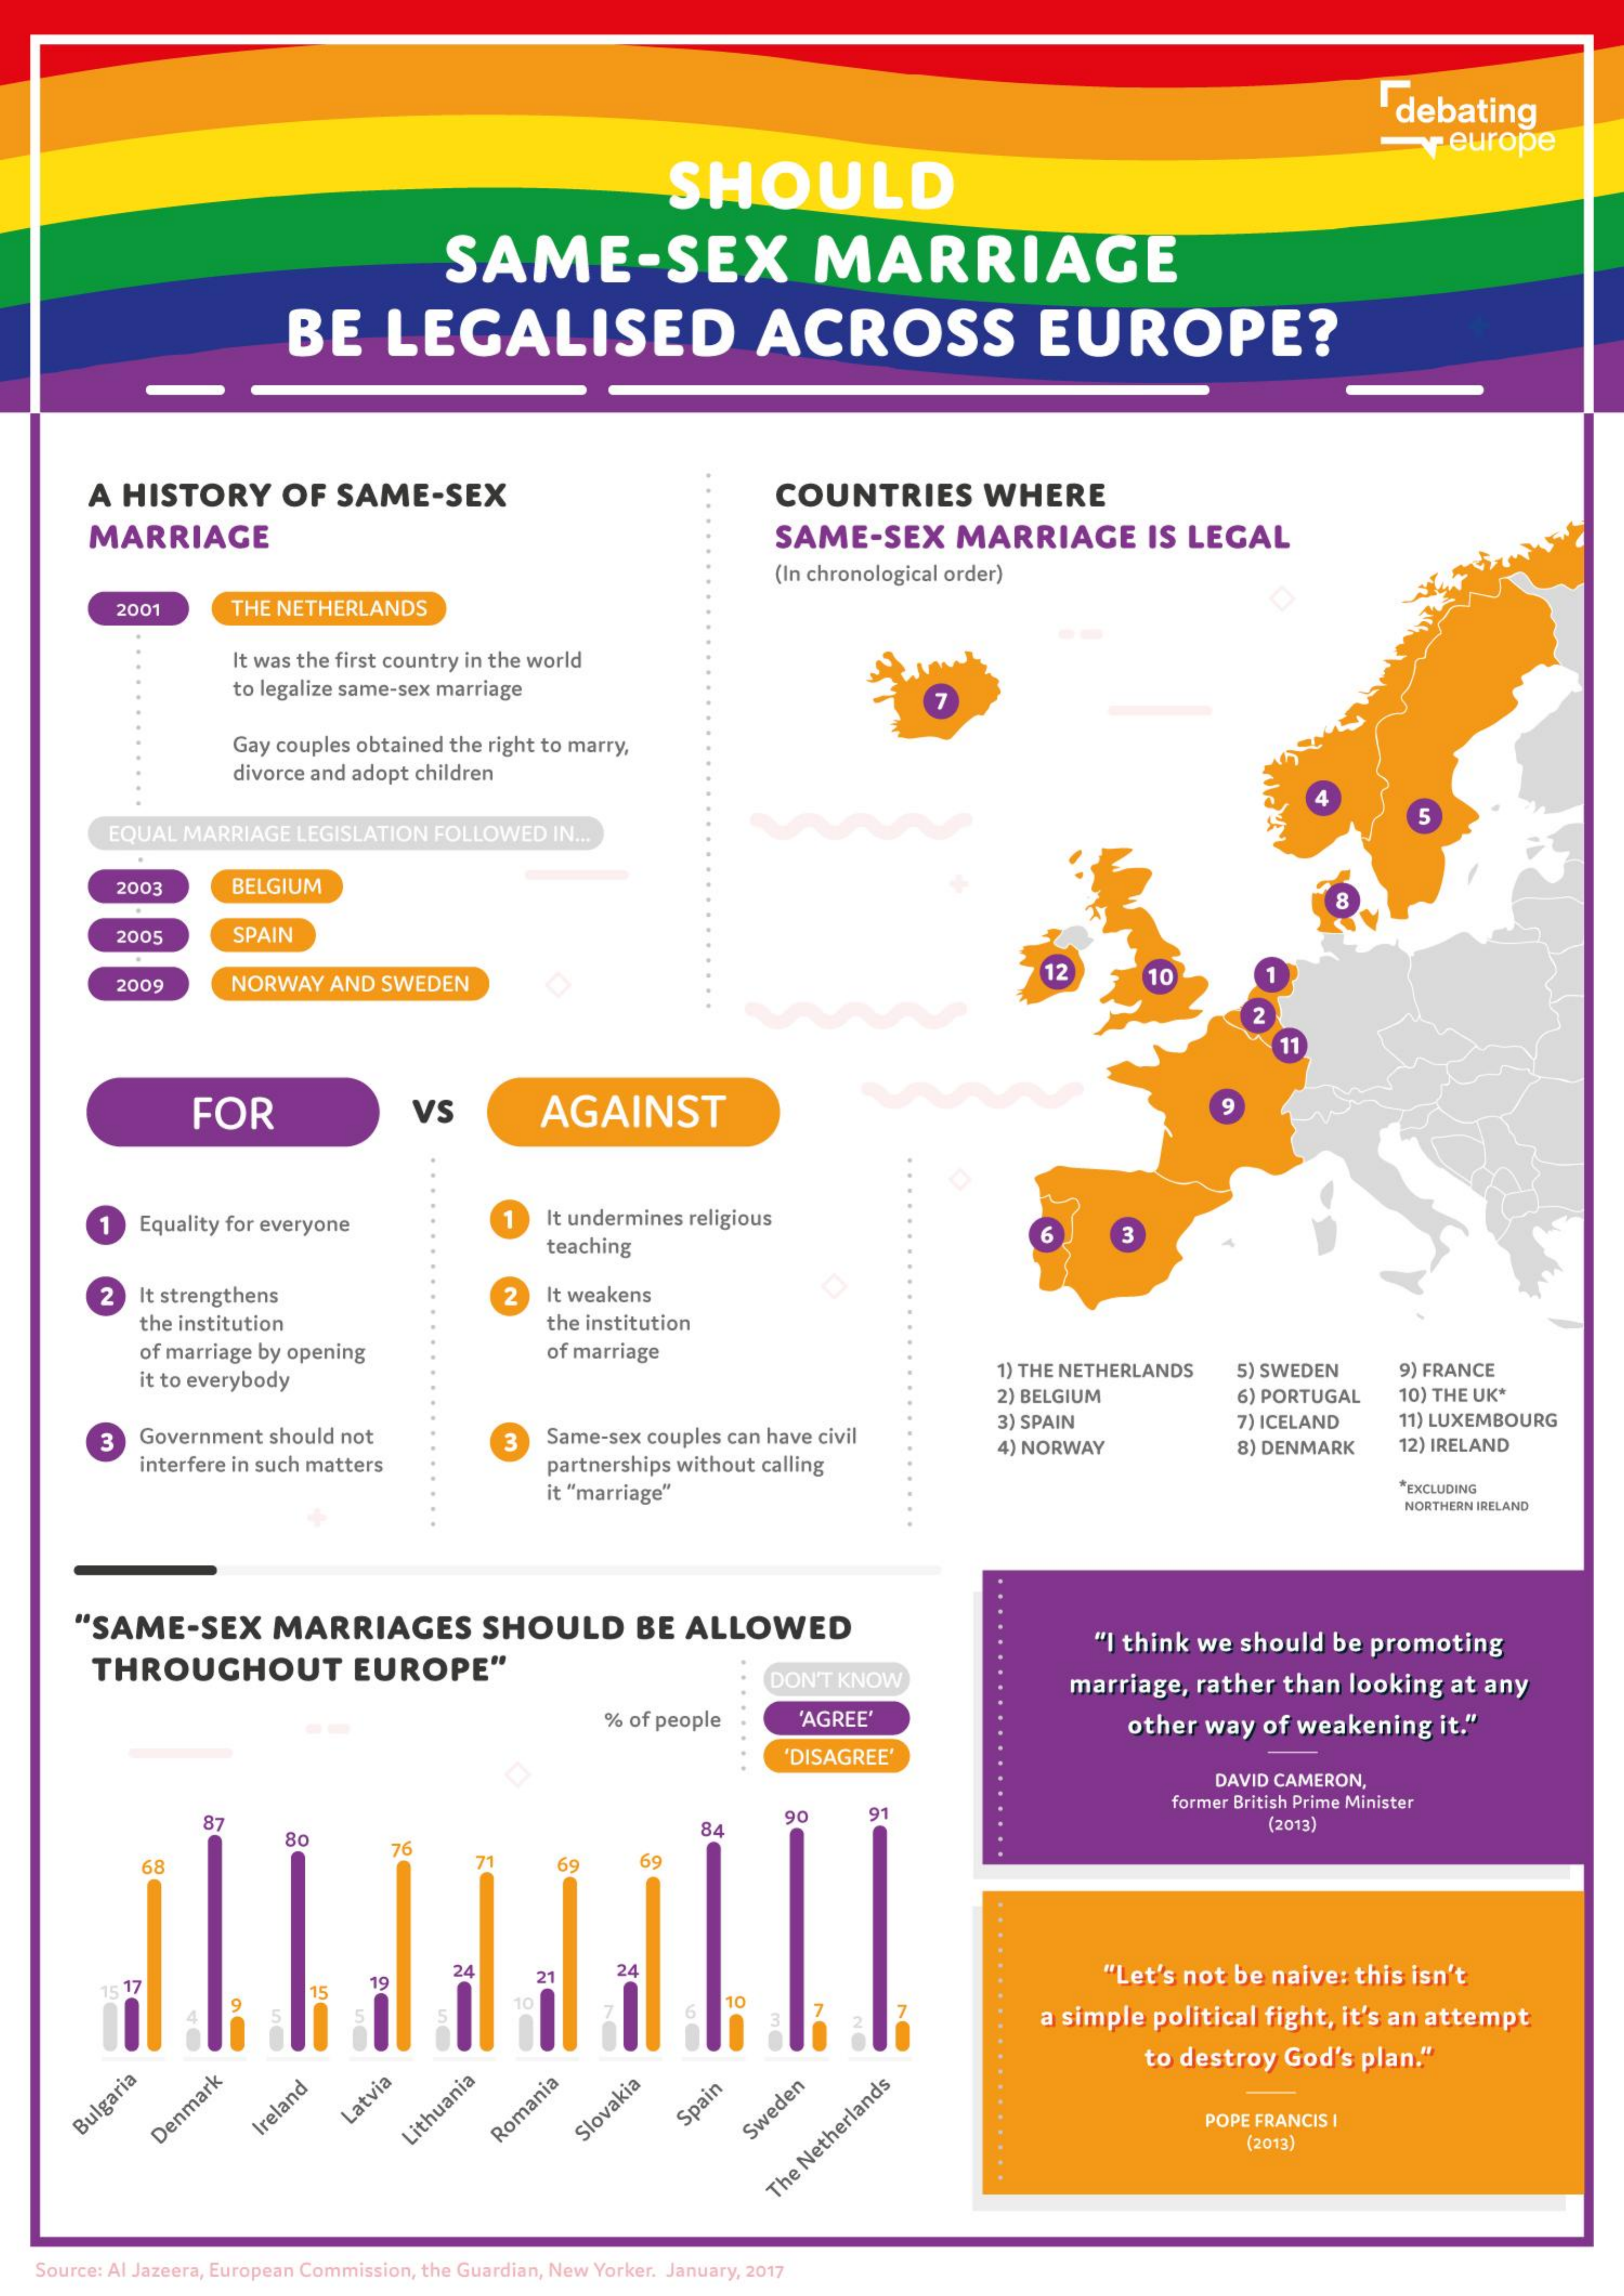
debating
     SHOULD
     europe
     SAME-SEX    MARRIAGE
     BE    LEGALISED    ACROSS    EUROPE?
     A  HISTORY    OF   SAME-SEX    COUNTRIES    WHERE
     MARRIAGE    SAME-SEX    MARRIAGE    IS  LEGAL
     (In chronological order)
     2001    THE NETHERLANDS
     It was the first country in the world
     to legalize same-sex marriage
     Gay couples obtained the right to marry,
     divorce and adopt children
     4
     EQUAL  MARRIAGE   LEGISLATION  FOLLOWED   IN ...
     2003    BELGIUM
     3005    SPAIN
     2009    NORWAY   AND  SWEDEN    12    10
     FOR    VS    AGAINST
     Equality for everyone    It undermines religious
     teaching
     6
     2   It strengthens    It weakens
     the institution    the institution
     of marriage by opening    of marriage
     it to everybody
     1) THE NETHERLANDS    5) SWEDEN    9) FRANCE
     2) BELGIUM    6) PORTUGAL    10) THE UK*
     Government should not    Same-sex couples can have civil
     3) SPAIN    7) ICELAND    11) LUXEMBOURG
     interfere in such matters    partnerships without calling
     4) NORWAY    8) DENMARK    12) IRELAND
     it "marriage"    "EXCLUDING
     NORTHERN IRELAND
     "SAME-SEX    MARRIAGES    SHOULD    BE   ALLOWED
     THROUGHOUT    EUROPE"
     "I think we  should   be promoting
     DON'T KNOW    marriage,   rather  than  looking   at any
     % of people    'AGREE'    other way   of weakening    it."
     'DISAGREE'
     DAVID CAMERON,
     former British Prime Minister
     87
     91
     (2013)
     26
     69    59
     24    27    24    "Let's not  be  naive:  this isn't
     5 17    15
     19
     9
     5
     10    6
     10
     a simple   political fight,  it's an attempt
     to destroy   God's  plan."
     Bulgaria Denmark Ireland Latvia    Spain
     POPE FRANCIS I Lithuania Romania Slovakia Sweden
     (2013)
     The
     Netherlands
    Source: Al Jazeera, European Commission, the Guardian, New Yorker. January, 2017